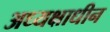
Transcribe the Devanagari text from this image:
अध्यक्षाधीन